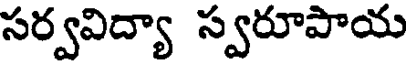
సర్వవిద్యా స్వరూపాయ